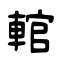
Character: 輨